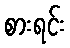
စားရင်း